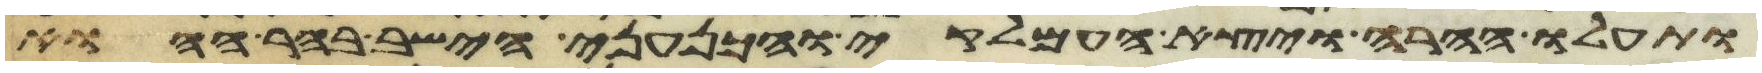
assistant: ותעלו ההרה ויצא העמלקי והכנעני הישב בהר ההוא